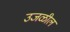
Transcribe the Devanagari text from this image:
उजळील